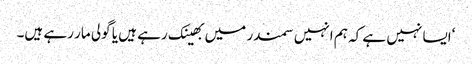
‘ایسا نہیں ہے کہ ہم انہیں سمندر میں بھینک رہے ہیں یا گولی مار رہے ہیں۔